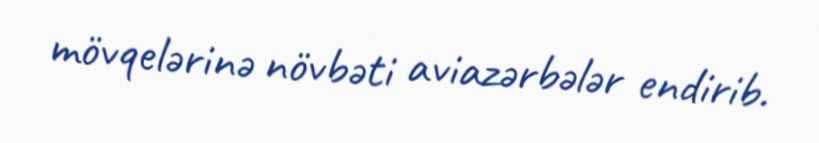
mövqelərinə növbəti aviazərbələr endirib.